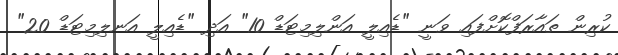
ކުރިން ތައާރަފްކޮށްފައި ވަނީ "ޑެއިލީ އަންލިމިޓަޑް 10" އަދި "ޑެއިލީ އަނލިމިޓަޑް 20"